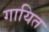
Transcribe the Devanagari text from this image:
गायित